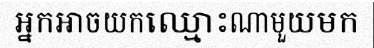
អ្នកអាចយកឈ្មោះណាមួយមក